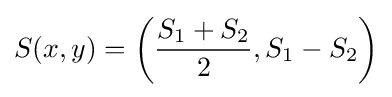
S(x,y)=\left({\frac {S_{1}+S_{2}}{2}},S_{1}-S_{2}\right)